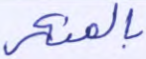
بالمنكر